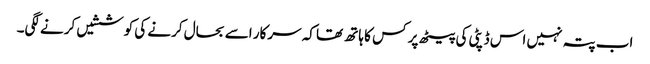
اب پتہ نہیں اس ڈپٹی کی پیٹھ پر کس کا ہاتھ تھا کہ سرکار اسے بحال کرنے کی کوششیں کرنے لگی۔